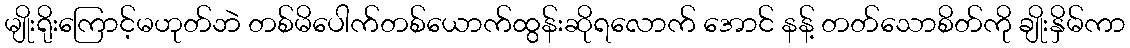
မျိုးရိုးကြောင့်မဟုတ်ဘဲ တစ်မိပေါက်တစ်ယောက်ထွန်းဆိုရလောက် အောင် နန့် တတ်သောစိတ်ကို ချိုးနှိမ်ကာ